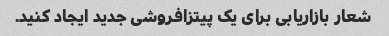
شعار بازاریابی برای یک پیتزافروشی جدید ایجاد کنید.